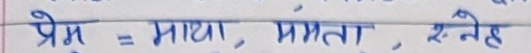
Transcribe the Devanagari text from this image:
प्रेम = माया, ममता, स्नेह